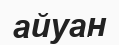
айуан